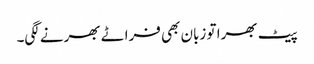
پیٹ بھرا تو زبان بھی فراٹے بھرنے لگی۔